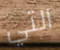
التي